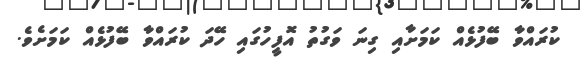
ކުރައްވާ ބޭފުޅެއް ކަމަށާއި ގިނަ ވަގުތު އޮފީހުގައި ހޭދަ ކުރައްވާ ބޭފުޅެއް ކަމަށެވެ.